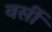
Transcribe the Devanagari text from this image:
वर्सी